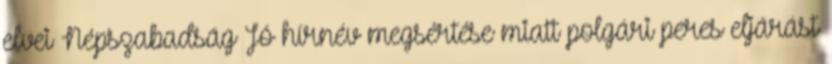
elvei Népszabadság Jó hírnév megsértése miatt polgári peres eljárást